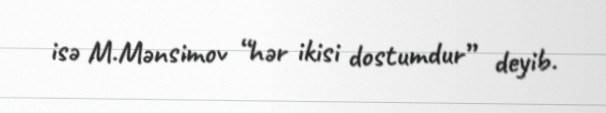
isə M.Mənsimov “hər ikisi dostumdur” deyib.